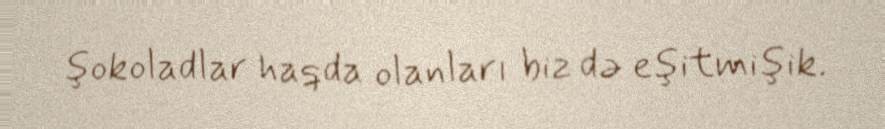
şokoladlar haqda olanları biz də eşitmişik.